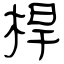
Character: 桿